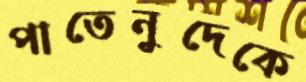
পাতেনুদেকে